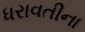
ધરાવતીના